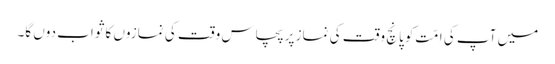
میں آپ کی امّت کو پانچ وقت کی نماز پر پچاس وقت کی نمازوں کا ثواب دوں گا۔